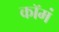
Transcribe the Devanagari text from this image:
कॉमं